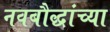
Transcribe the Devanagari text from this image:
नवबौद्धांच्या